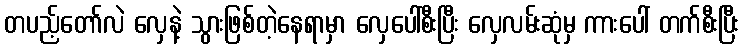
တပည့်တော်လဲ လှေနဲ့ သွားဖြစ်တဲ့နေရာမှာ လှေပေါ်စီးပြီး လှေလမ်းဆုံမှ ကားပေါ် တက်စီးပြီး